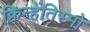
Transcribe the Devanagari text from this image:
क्विन्हेंतिस्मो